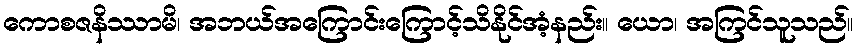
ကောစဇနိဿာမိ၊ အဘယ်အကြောင်းကြောင့်သိနိုင်အံ့နည်း။ ယော၊ အကြင်သူသည်။